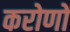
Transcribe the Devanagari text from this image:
करोणों